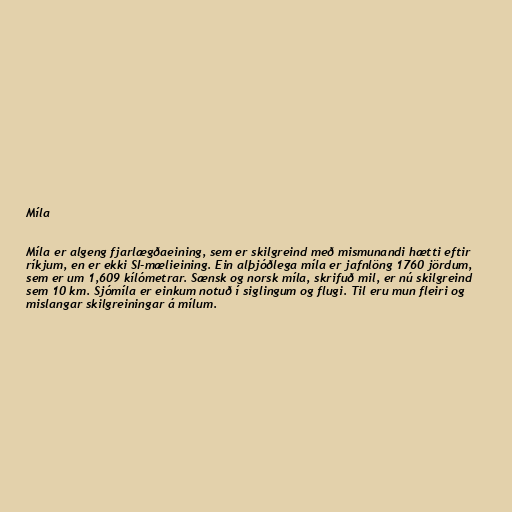
Míla

Míla er algeng fjarlægðaeining, sem er skilgreind með mismunandi hætti eftir
ríkjum, en er ekki SI-mælieining. Ein alþjóðlega míla er jafnlöng 1760 jördum,
sem er um 1,609 kílómetrar. Sænsk og norsk míla, skrifuð mil, er nú skilgreind
sem 10 km. Sjómíla er einkum notuð í siglingum og flugi. Til eru mun fleiri og
mislangar skilgreiningar á mílum.